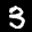
Label: 3